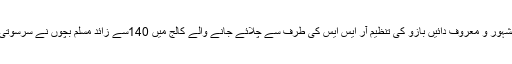
اس دوران اپنے ہندو توا نظریہ کیلئے مشہور و معروف دائیں بازو کی تنظیم آر ایس ایس کی طرف سے چلائے جانے والے کالج میں 140سے زائد مسلم بچوں نے سرسوتی ودیا مندر انٹرکالج میں داخلہ لیاہے ‘‘ ۔